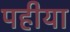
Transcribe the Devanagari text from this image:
पहीया